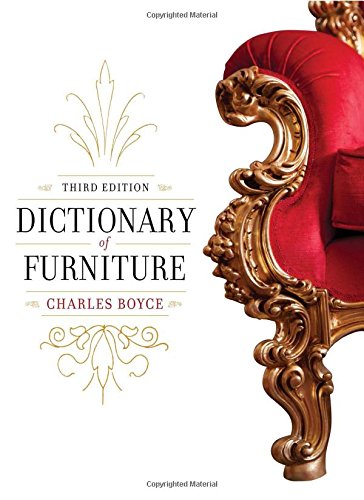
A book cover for Dictionary of Furniture: Third Edition; Charles Boyce; Crafts, Hobbies & Home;